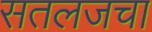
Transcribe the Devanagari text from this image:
सतलजचा